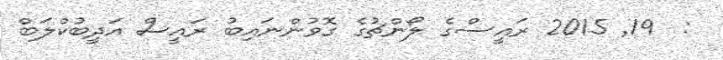
:  19